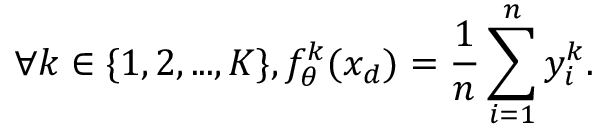
\forall k \in \{ 1 , 2 , . . . , K \} , f _ { \theta } ^ { k } ( x _ { d } ) = \frac { 1 } { n } \sum _ { i = 1 } ^ { n } y _ { i } ^ { k } { \mathrm { . } }